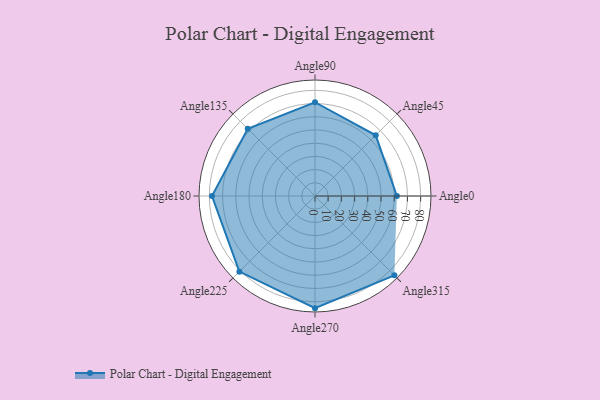
{"axis": {"x": "Angle", "y": "Radius"}, "legend": [""], "data": [{"x": "Angle0", "y": 62.0, "type": ""}, {"x": "Angle45", "y": 65.0, "type": ""}, {"x": "Angle90", "y": 71.0, "type": ""}, {"x": "Angle135", "y": 72.0, "type": ""}, {"x": "Angle180", "y": 78.0, "type": ""}, {"x": "Angle225", "y": 81.0, "type": ""}, {"x": "Angle270", "y": 85.0, "type": ""}, {"x": "Angle315", "y": 85.0, "type": ""}]}